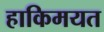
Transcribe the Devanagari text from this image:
हाकिमयत